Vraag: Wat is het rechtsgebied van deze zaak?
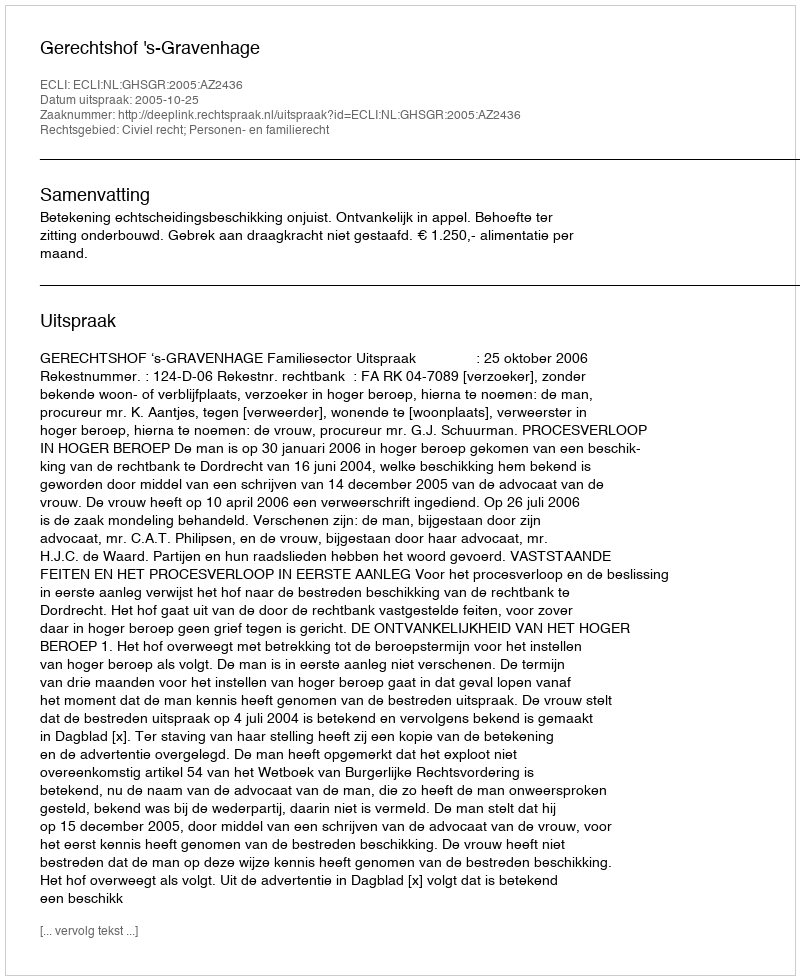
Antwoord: Civiel recht; Personen- en familierecht